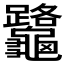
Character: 𪛅